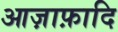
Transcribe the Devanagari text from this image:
आज़ाफ़ादि